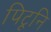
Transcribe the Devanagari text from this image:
पिटूनि